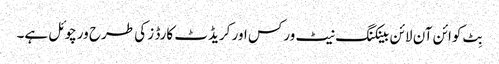
بِٹ کوائن آن لائن بینکنگ نیٹ ورکس اور کریڈٹ کارڈ ز کی طرح ورچوئل ہے۔